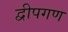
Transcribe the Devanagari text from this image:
द्वीपगण